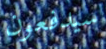
سيدفعون